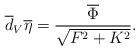
LaTeX: \begin{align*}\overline{d}_V\overline{\eta}=\frac{\overline{\Phi}}{\sqrt{F^2+K^2}}.\end{align*}